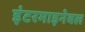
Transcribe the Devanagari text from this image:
इंटरमाइनेबल